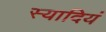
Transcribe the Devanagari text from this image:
स्यादियं